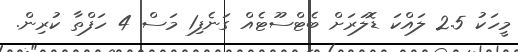
މީހަކު 2.5 ލައްކަ ޑޮލަރަށް ބެޓްސޫޓެއް ގަނެފި1 މަސް 4 ހަފްތާ ކުރިން.